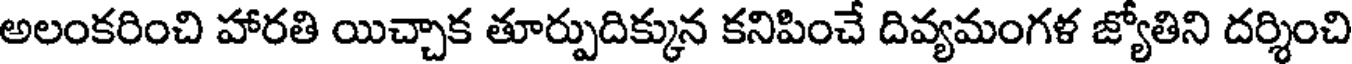
అలంకరించి హారతి యిచ్చాక తూర్పుదిక్కున కనిపించే దివ్యమంగళ జ్యోతిని దర్శించి